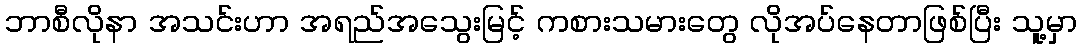
ဘာစီလိုနာ အသင်းဟာ အရည်အသွေးမြင့် ကစားသမားတွေ လိုအပ်နေတာဖြစ်ပြီး သူ့မှာ